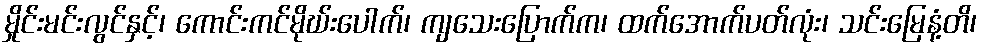
မှိုင်းမင်းလွင်နှင့်၊ ကောင်းကင်မိုဃ်းပေါက်၊ ကျသေးပြောက်က၊ ထက်အောက်ပတ်လုံး၊ သင်းမြေနံ့တိ၊